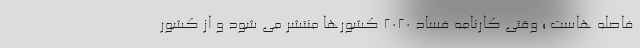
فاصله هاست ؛ وقتی کارنامه فساد ۲۰۲۰ کشورها منتشر می شود و از کشور